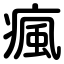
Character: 瘋